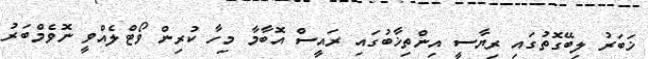
ޚަބަރު ލިބޭގޮތުގައި ރިޔާސީ އިންތިޚާބުގައި ރައީސް އޮބާމާ މިހާ ކުރިން ވޯޓްލެއްވީ ނޮވެމްބަރު